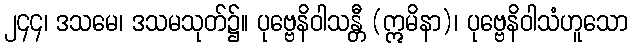
၂၄၄၊ ဒသမေ၊ ဒသမသုတ်၌။ ပုဗ္ဗေနိဝါသန္တီ (ဣမိနာ)၊ ပုဗ္ဗေနိဝါသံဟူသော